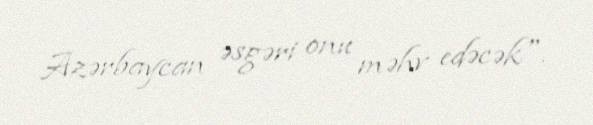
Azərbaycan əsgəri onu məhv edəcək".